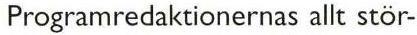
Programredaktionernas allt stör-